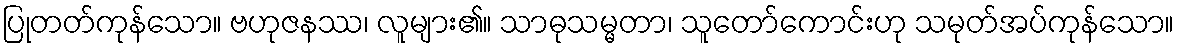
ပြုတတ်ကုန်သော။ ဗဟုဇနဿ၊ လူများ၏။ သာဓုသမ္မတာ၊ သူတော်ကောင်းဟု သမုတ်အပ်ကုန်သော။